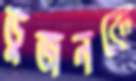
ডুজনকে